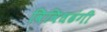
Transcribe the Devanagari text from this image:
विविधढंगी